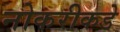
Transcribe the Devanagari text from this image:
नोकरीकडे